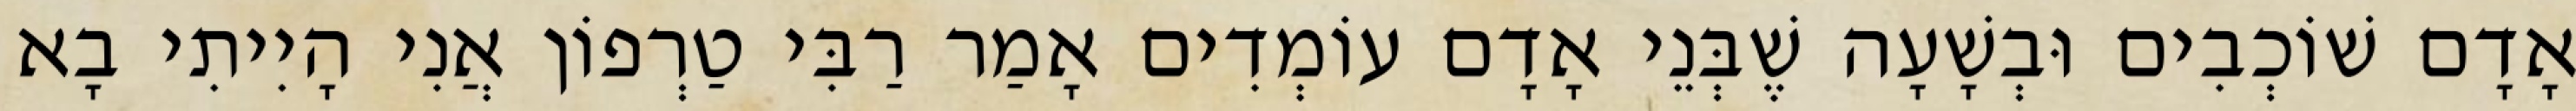
אָדָם שׁוֹכְבִים וּבְשָׁעָה שֶׁבְּנֵי אָדָם עוֹמְדִים אָמַר רַבִּי טַרְפוֹן אֲנִי הָיִיתִי בָא